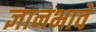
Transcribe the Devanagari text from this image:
ज्ञानभावे